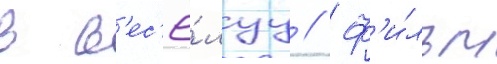
в в'ес'ё́луу // Ф'и́льм